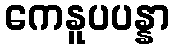
ကေနူပပန္နာ